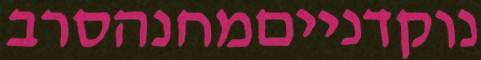
נוקדנייםמחנהסרב